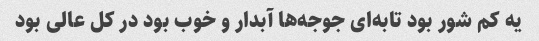
یه کم شور بود تابه‌ای جوجه‌ها آبدار و خوب بود در کل عالی بود